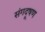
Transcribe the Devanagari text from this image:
संगदूषण